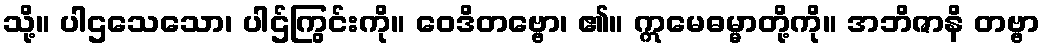
သို့။ ပါဌသေသော၊ ပါဌ်ကြွင်းကို။ ဝေဒိတဗ္ဗော၊ ၏။ ဣမေဓမ္မာတို့ကို။ အဘိဇာနိ တဗ္ဗာ